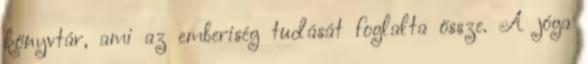
könyvtár, ami az emberiség tudását foglalta össze. A jóga